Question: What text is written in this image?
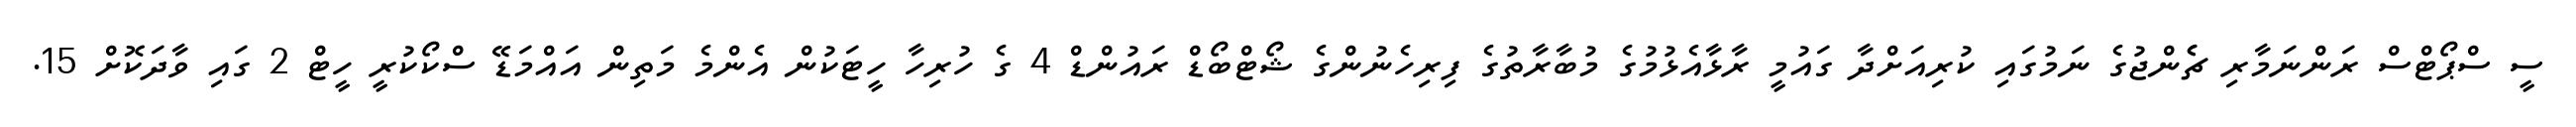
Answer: ސީ ސްޕޯޓްސް ރަންނަމާރި ޗެެންޖުގެ ނަމުގައި ކުރިއަށްދާ ގައުމީ ރާޅާއެޅުމުގެ މުބާރާތުގެ ފިރިހެނުންގެ ޝޯޓްބޯޑް ރައުންޑް 4 ގެ ހުރިހާ ހީޓަކުން އެންމެ މަތިން އައްމަޑޭ ސްކޯކުރީ ހީޓް 2 ގައި ވާދަކޮށް 15.